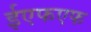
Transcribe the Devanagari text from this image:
ईएफएफ